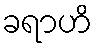
ခရာဟိ